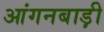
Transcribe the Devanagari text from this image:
आंगनबाड़़ी